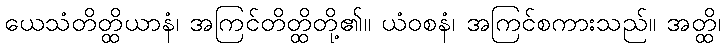
ယေသံတိတ္ထိယာနံ၊ အကြင်တိတ္ထိတို့၏။ ယံဝစနံ၊ အကြင်စကားသည်။ အတ္ထိ၊